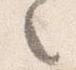
之